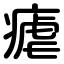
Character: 瘧